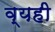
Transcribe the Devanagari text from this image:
व्यही